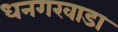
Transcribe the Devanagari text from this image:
धनगरवाडा